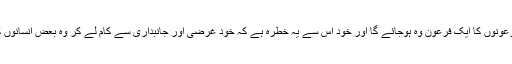
خود اس سے یہ اندیشہ ہے کہ تمام فرعونوں کا ایک فرعون وہ ہوجائے گا اور خود اس سے یہ خطرہ ہے کہ خود غرضی اور جانبداری سے کام لے کر وہ بعض انسانوں کو گرائے گا اور بعض کو اٹھائے گا۔